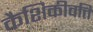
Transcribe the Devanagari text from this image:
कैशिकीवत्ति